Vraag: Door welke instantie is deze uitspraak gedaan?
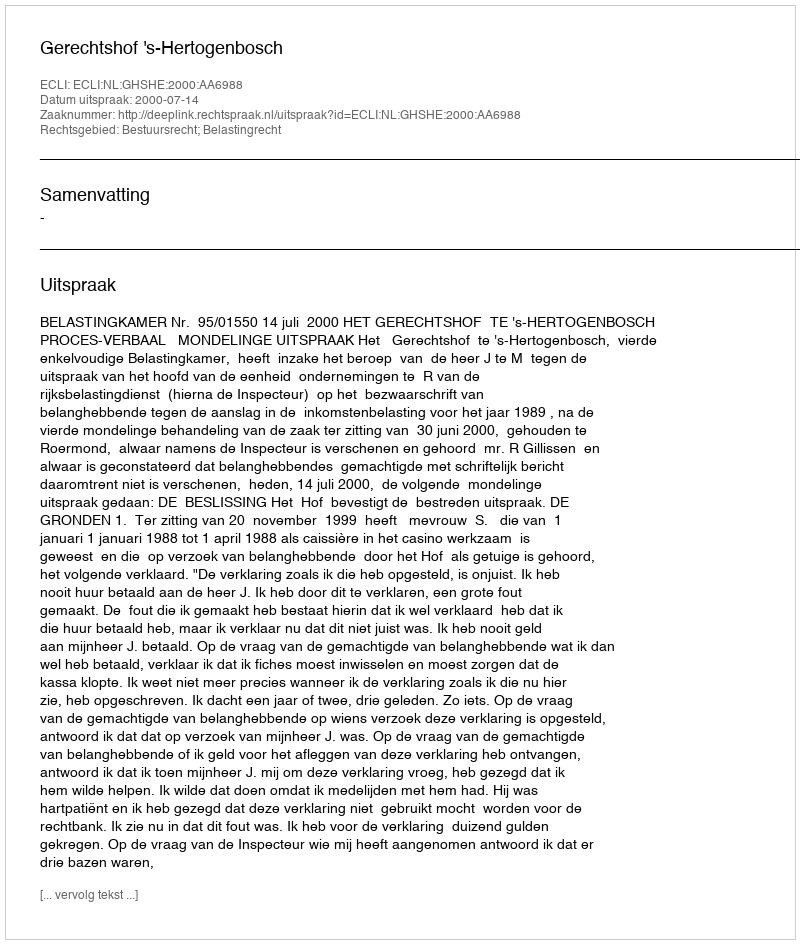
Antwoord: Gerechtshof 's-Hertogenbosch